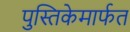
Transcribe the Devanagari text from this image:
पुस्तिकेमार्फत